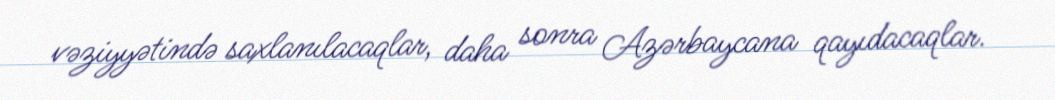
vəziyyətində saxlanılacaqlar, daha sonra Azərbaycana qayıdacaqlar.